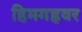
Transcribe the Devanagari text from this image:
हिमगह्रवर